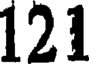
121